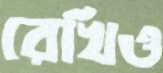
রেখিও